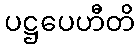
ပဋ္ဌပေဟီတိ